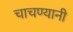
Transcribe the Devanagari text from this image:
चाचण्यानी